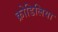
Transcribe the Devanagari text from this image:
क्रोडिलिया